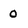
Character: 0